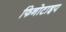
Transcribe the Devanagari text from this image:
फिनोटाइप